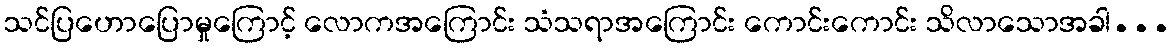
သင်ပြဟောပြောမှုကြောင့် လောကအကြောင်း သံသရာအကြောင်း ကောင်းကောင်း သိလာသောအခါ...